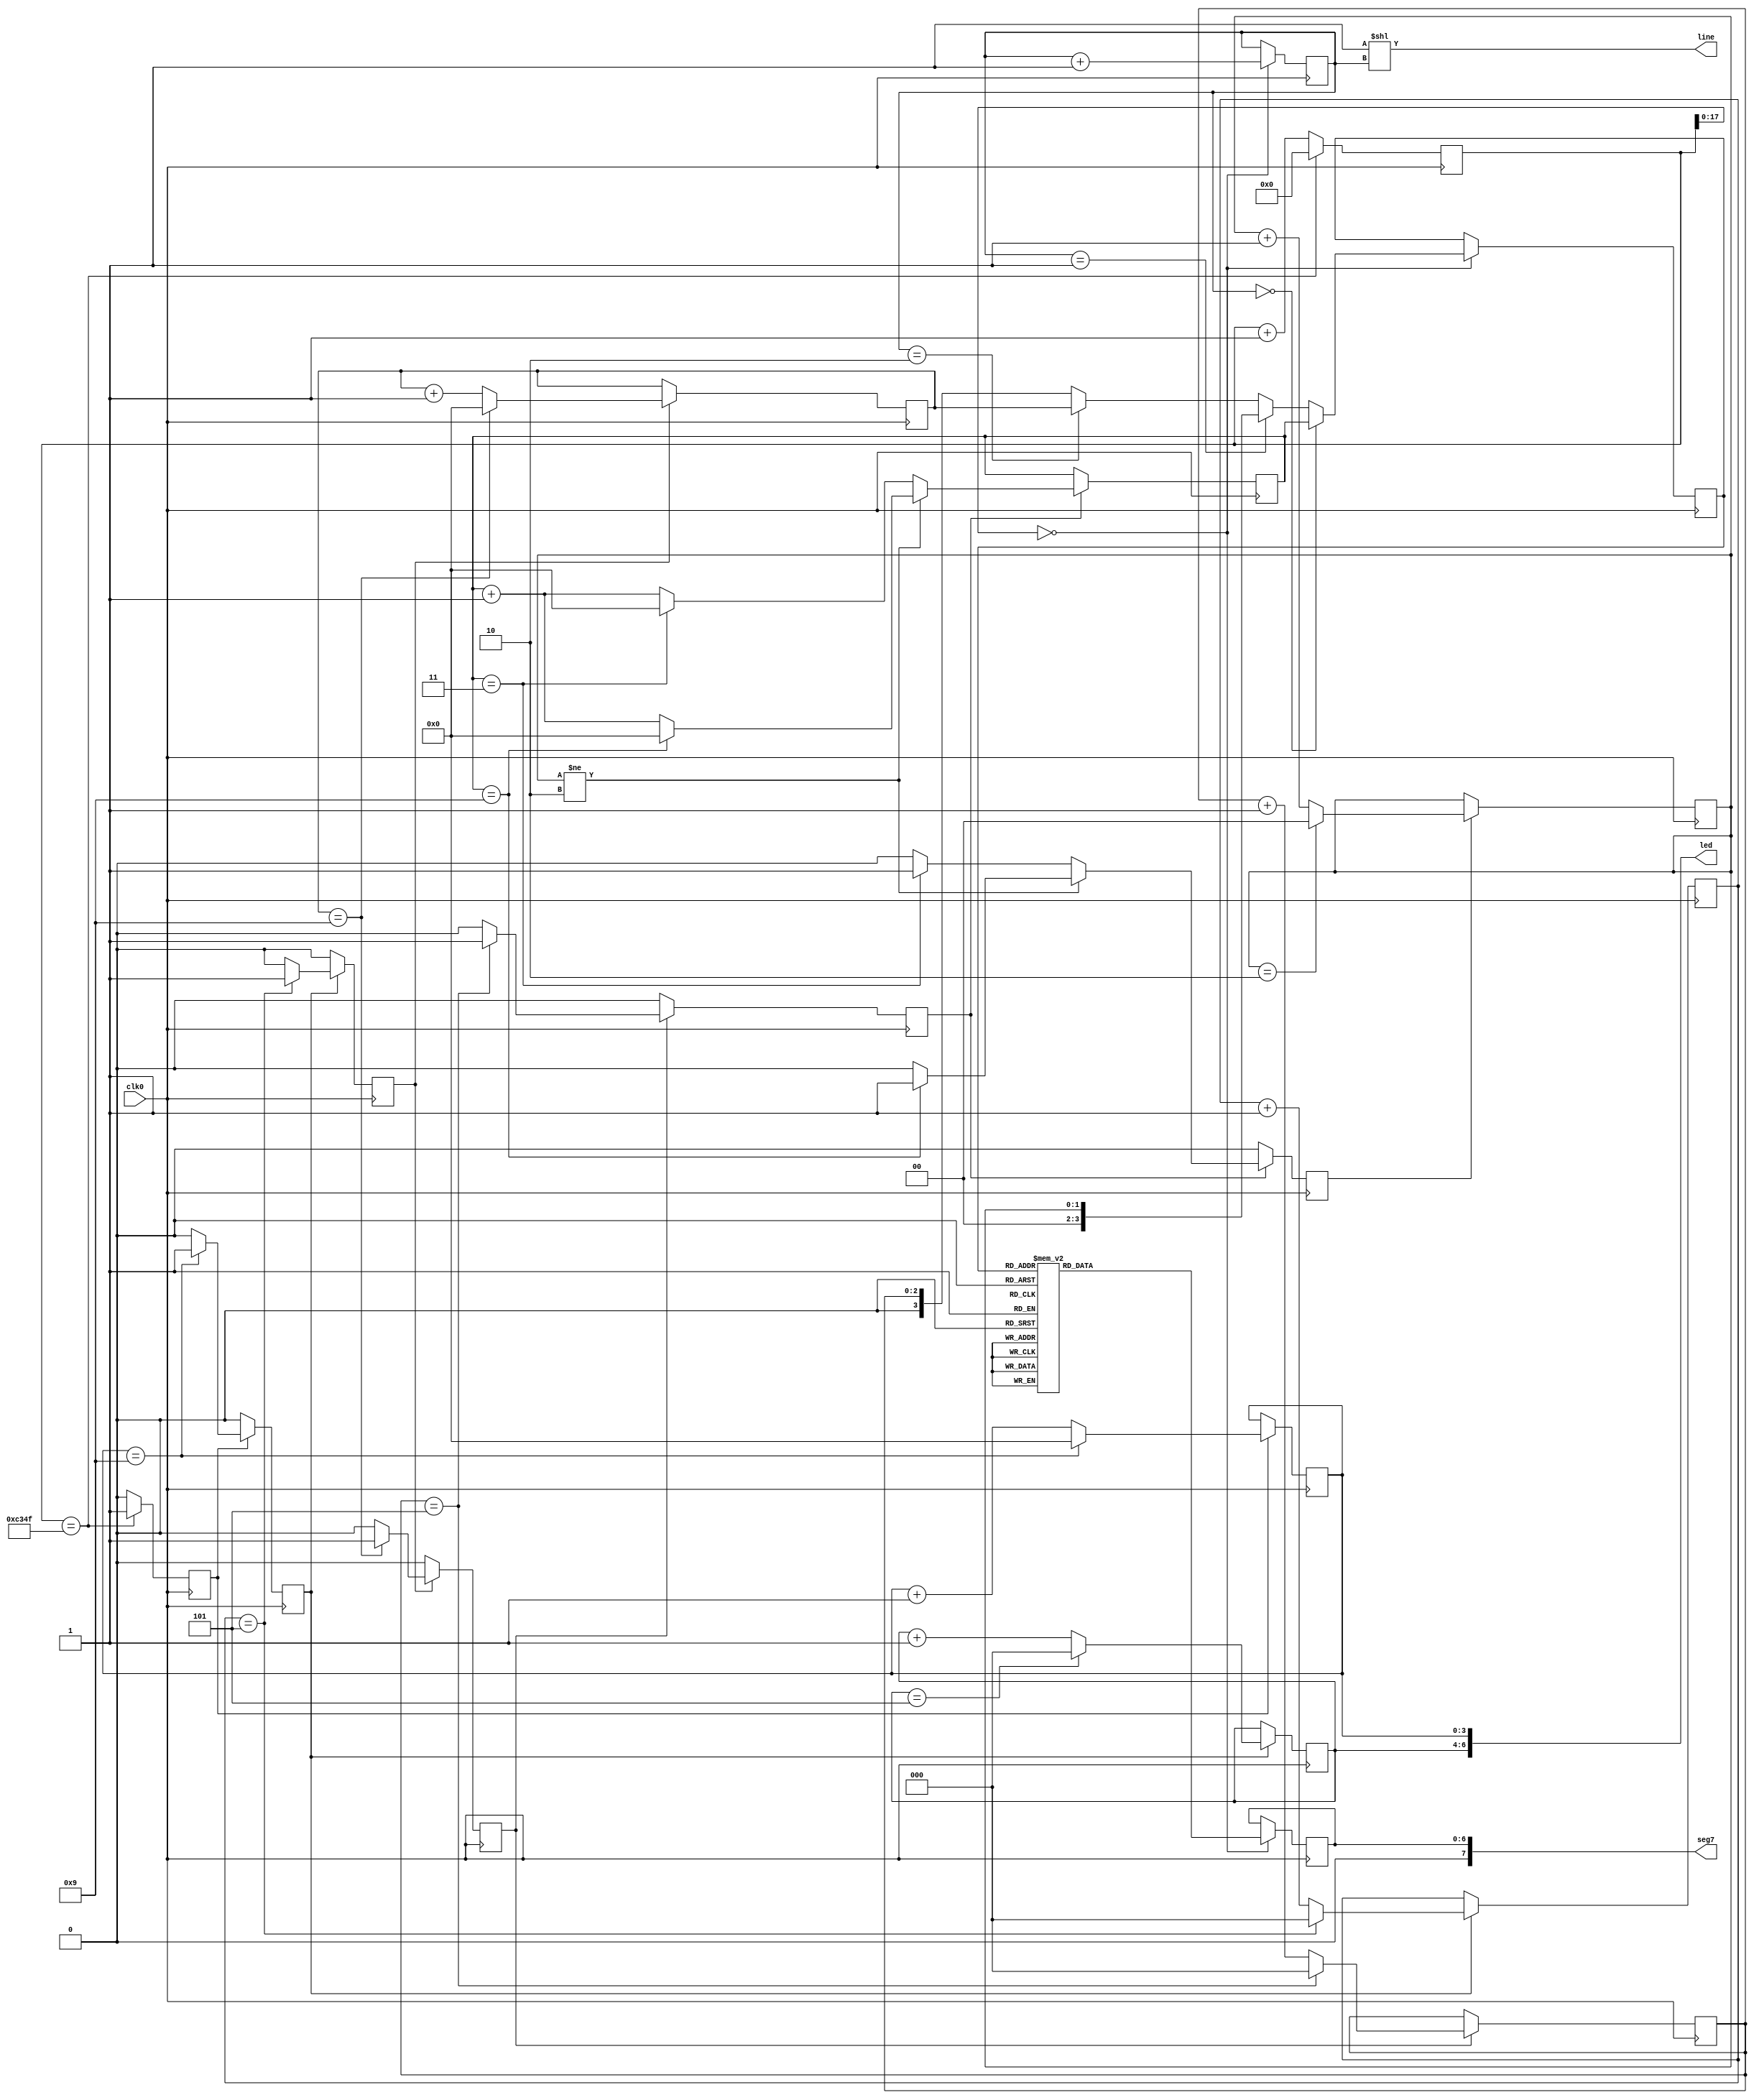
module count_day(
	input wire  clk0,
	output wire [7:0] seg7,
	output wire [3:0] line,
	output wire [6:0] led
);
	assign line = 4'b0001<<ab;
	assign led = { 1'b0, count6, count10 };
	assign seg7 = { 1'b0, disp };

	// \
	reg[6:0] disp=7'b0;
	reg[3:0] x;
	reg[1:0] ab=2'b0;
	always @( posedge clk0 )begin	
		if(c[17:0] == 0)begin
			if(ab == 2'b00)begin
				x <= count_10hour;
			end
			else if(ab == 2'b01)begin
				x <= count_top;
			end
			else if(ab == 2'b10)begin
				x <= count_10min;
			end
			else begin
				x <= count_1hour;
			end
			
			ab <= ab+1'b1;
			
			case(x)
				4'b0000 : disp <= 7'b0111111; //0
				4'b0001 : disp <= 7'b0000110; //1
				4'b0010 : disp <= 7'b1011011; //2
				4'b0011 : disp <= 7'b1001111; //3
				4'b0100 : disp <= 7'b1100110; //4
				4'b0101 : disp <= 7'b1101101; //5
				4'b0110 : disp <= 7'b1111101; //6
				4'b0111 : disp <= 7'b0100111; //7
				4'b1000 : disp <= 7'b1111111; //8
				4'b1001 : disp <= 7'b1101111; //9
				default : disp <= 7'b0000000;
			endcase
		end
	end
	 
	
	// 1b NEW
 	reg[26:0] c=27'b0;
 	reg sec_enable=1'b0;
 	always @( posedge clk0 )begin
 		c <= ( c==27'd49999 )?1'b0:(c+1'b1);
 		sec_enable <= ( c==27'd49999 )?1'b1:1'b0;
 	end 
	
	// 10iJE^ 0~9b
	reg[3:0] count10 = 4'b0;
	reg sec10_enable = 1'b0;
	always @(posedge clk0) begin
		if(sec_enable)begin
			count10 <= (count10==4'd9) ? 1'b0 : (count10+1'b1);
			sec10_enable <= (count10==4'd9)? 1'b1 : 1'b0;
		end
		else begin
			sec10_enable <= 1'b0;
		end
	end

	// 6iJE^
 	reg[2:0] count6=3'b0;
 	always @( posedge clk0 )
 		if( sec10_enable ) count6<=(count6==3'd5)?1'b0:(count6+1'b1);
	
	// 1JE^ 
	reg[2:0] count_1min = 3'b0;
	reg min_enable = 1'b0;
	always @(posedge clk0) begin
		if(sec10_enable)begin
			count_1min <= (count_1min==4'd5) ? 1'b0 : (count_1min+1'b1);
			min_enable <= (count_1min==4'd5) ? 1'b1 : 1'b0;
		end
		else begin
			min_enable <= 1'b0;
		end
	end
	
	// 10JE^
	reg[3:0] count_10min = 4'b0;
	reg ten_min_enable = 1'b0;
	always @(posedge clk0) begin
		if(min_enable)begin
			count_10min <= (count_10min==4'd9) ? 1'b0 : (count_10min+1'b1);
			ten_min_enable <= (count_10min==4'd9) ? 1'b1 : 1'b0;
		end
		else begin
			ten_min_enable <= 1'b0;
		end
	end
	
	// 106iJE^ -> 1Ԃ쐬
	reg[2:0] count_1hour = 3'b0;
	reg hour_enable = 1'b0;
	always @(posedge clk0) begin
		if(ten_min_enable)begin
			count_1hour <= (count_1hour==4'd5) ? 1'b0 : (count_1hour+1'b1);
			hour_enable <= (count_1hour==4'd5) ? 1'b1 : 1'b0;
		end
		else begin
			hour_enable <= 1'b0;
		end
	end
	
	// ԗp10iJE^ -> 0~9
	reg[3:0] count_10hour = 4'b0;
	reg ten_hour_enable = 1'b0;
	always @(posedge clk0) begin
		if(hour_enable)begin
			if(count_top != 4'd2)begin
				count_10hour <= (count_10hour==4'd9) ? 1'b0 : (count_10hour+1'b1);
				ten_hour_enable <= (count_10hour==4'd9) ? 1'b1 : 1'b0;
			end
			else begin
				count_10hour <= (count_10hour==4'd3) ? 1'b0 : (count_10hour+1'b1);
				ten_hour_enable <= (count_10hour==4'd3) ? 1'b1 : 1'b0;
			end
		end
		else begin
			ten_hour_enable <= 1'b0;
		end
	end
	
	//ŏĨJE^ -> 0x, 1x, 2x
	reg[1:0] count_top = 2'b0;
	always @(posedge clk0) begin
		if(ten_hour_enable)begin
			count_top <= (count_top==4'd2) ? 1'b0 : (count_top+1'b1);
		end
	end

endmodule